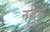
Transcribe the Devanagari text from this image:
नजले